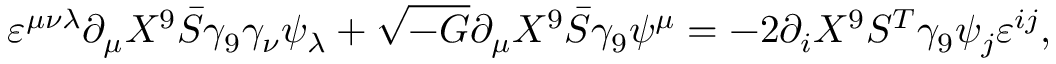
\varepsilon ^ { \mu \nu \lambda } \partial _ { \mu } X ^ { 9 } \bar { S } \gamma _ { 9 } \gamma _ { \nu } \psi _ { \lambda } + \sqrt { - G } \partial _ { \mu } X ^ { 9 } \bar { S } \gamma _ { 9 } \psi ^ { \mu } = - 2 \partial _ { i } X ^ { 9 } S ^ { T } \gamma _ { 9 } \psi _ { j } \varepsilon ^ { i j } ,